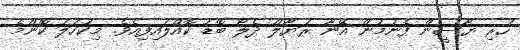
ހުރި ޔާސީން ފެނުމުން އޭނާ ރަޔާލް ދެލޯ ބޮޑު ކޮއްލައިފިއެވެ. މިކަހަލަ ކޮންމެ